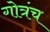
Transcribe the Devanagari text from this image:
गोत्रंच